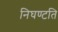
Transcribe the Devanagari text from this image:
निघण्टति